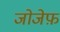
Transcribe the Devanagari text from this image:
जोजेफ़